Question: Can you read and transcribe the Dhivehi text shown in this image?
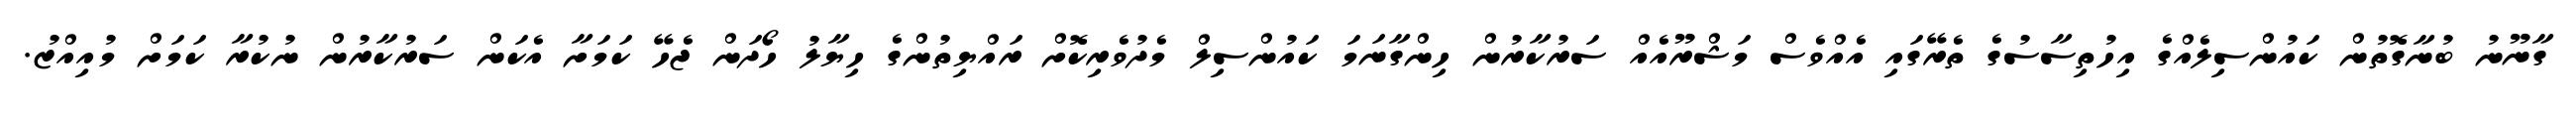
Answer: ގާނޫނު ބުނާގޮތުން ކައުންސިލެއްގެ އިހުތިސާސުގެ ތެރޭގައި އެއްވެސް މަޝްރޫއެއް ސަރުކާރުން ހިންގާނަމަ ކައުންސިލް މެދުވެރިކޮށް ރައްޔިތުންގެ ހިޔާލު ހޯދަން ޖެހޭ ކަމަށާ އެކަން ސަރުކާރުން ނުކުރާ ކަމަށް މުއިއްޒު.